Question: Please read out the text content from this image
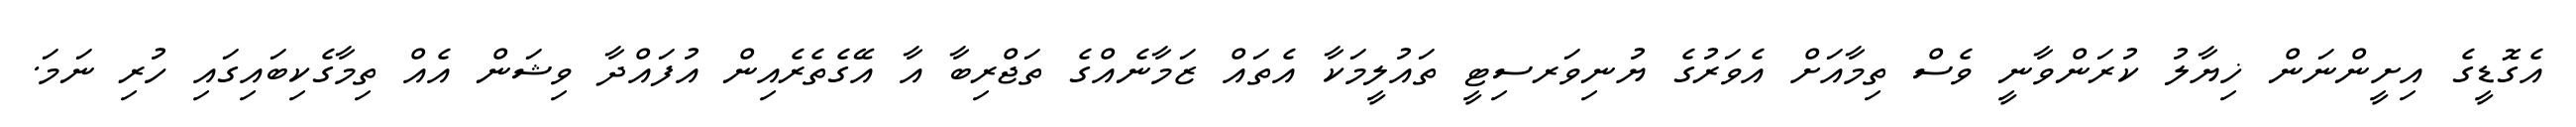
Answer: އެގޮޑީގެ އިށީންނަން ޚިޔާލު ކުރަންވާނީ ވެސް ތިމާއަށް އެވަރުގެ ޔުނިވަރސިޓީ ތައުލީމަކާ އެތައް ޒަމާނެއްގެ ތަޖްރިބާ އާ އޭގެތެރެއިން އުފައްދާ ވިޝަން އެއް ތިމާގެކިބައިގައި ހުރި ނަމަ.